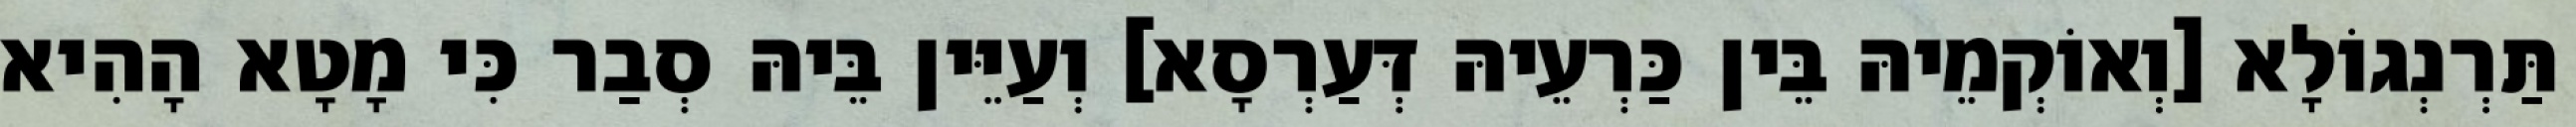
תַּרְנְגוֹלָא [וְאוֹקְמֵיהּ בֵּין כַּרְעֵיהּ דְּעַרְסָא] וְעַיֵּין בֵּיהּ סְבַר כִּי מָטָא הָהִיא